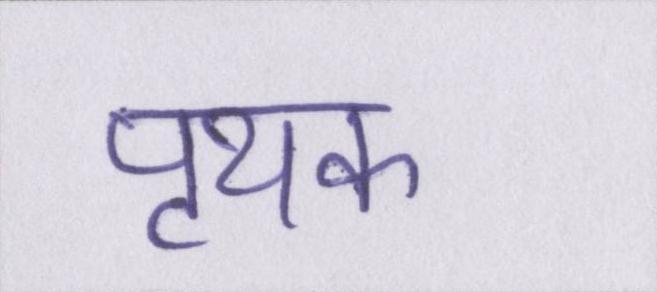
पृथक